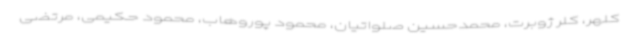
کلهر، کلر ژوبرت، محمدحسین صلواتیان، محمود پوروهاب، محمود حکیمی، مرتضی